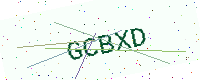
Text: GCBXD